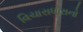
વિચારાધારાનો